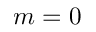
m = 0